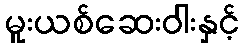
မူးယစ်ဆေးဝါးနှင့်